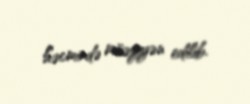
həcmində müəyyən edilib.